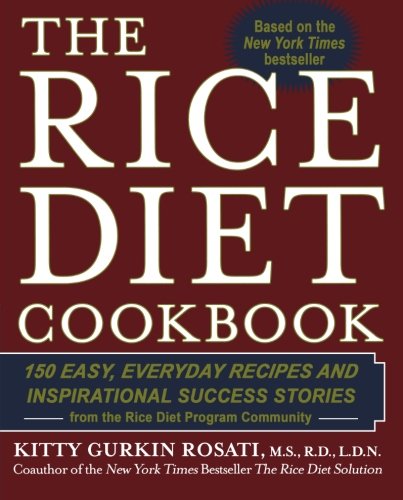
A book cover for The Rice Diet Cookbook: 150 Easy, Everyday Recipes and Inspirational Success Stories from the Rice DietP rogram Community; Kitty Gurkin Rosati; Cookbooks, Food & Wine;